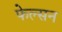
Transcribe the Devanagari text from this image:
फेल्सन